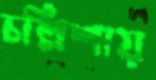
চল্লিশায়